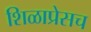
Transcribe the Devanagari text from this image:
शिळाप्रेसच